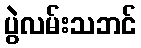
ပွဲလမ်းသဘင်